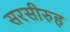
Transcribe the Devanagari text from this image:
सरसीरुह